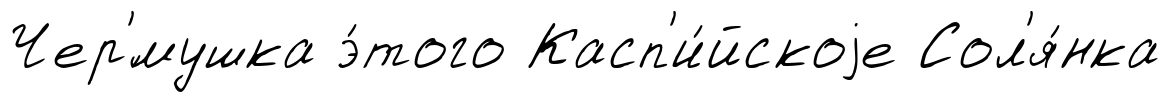
Чер'́мушка э́того Касп'и́йскоjе Сол'я́нка